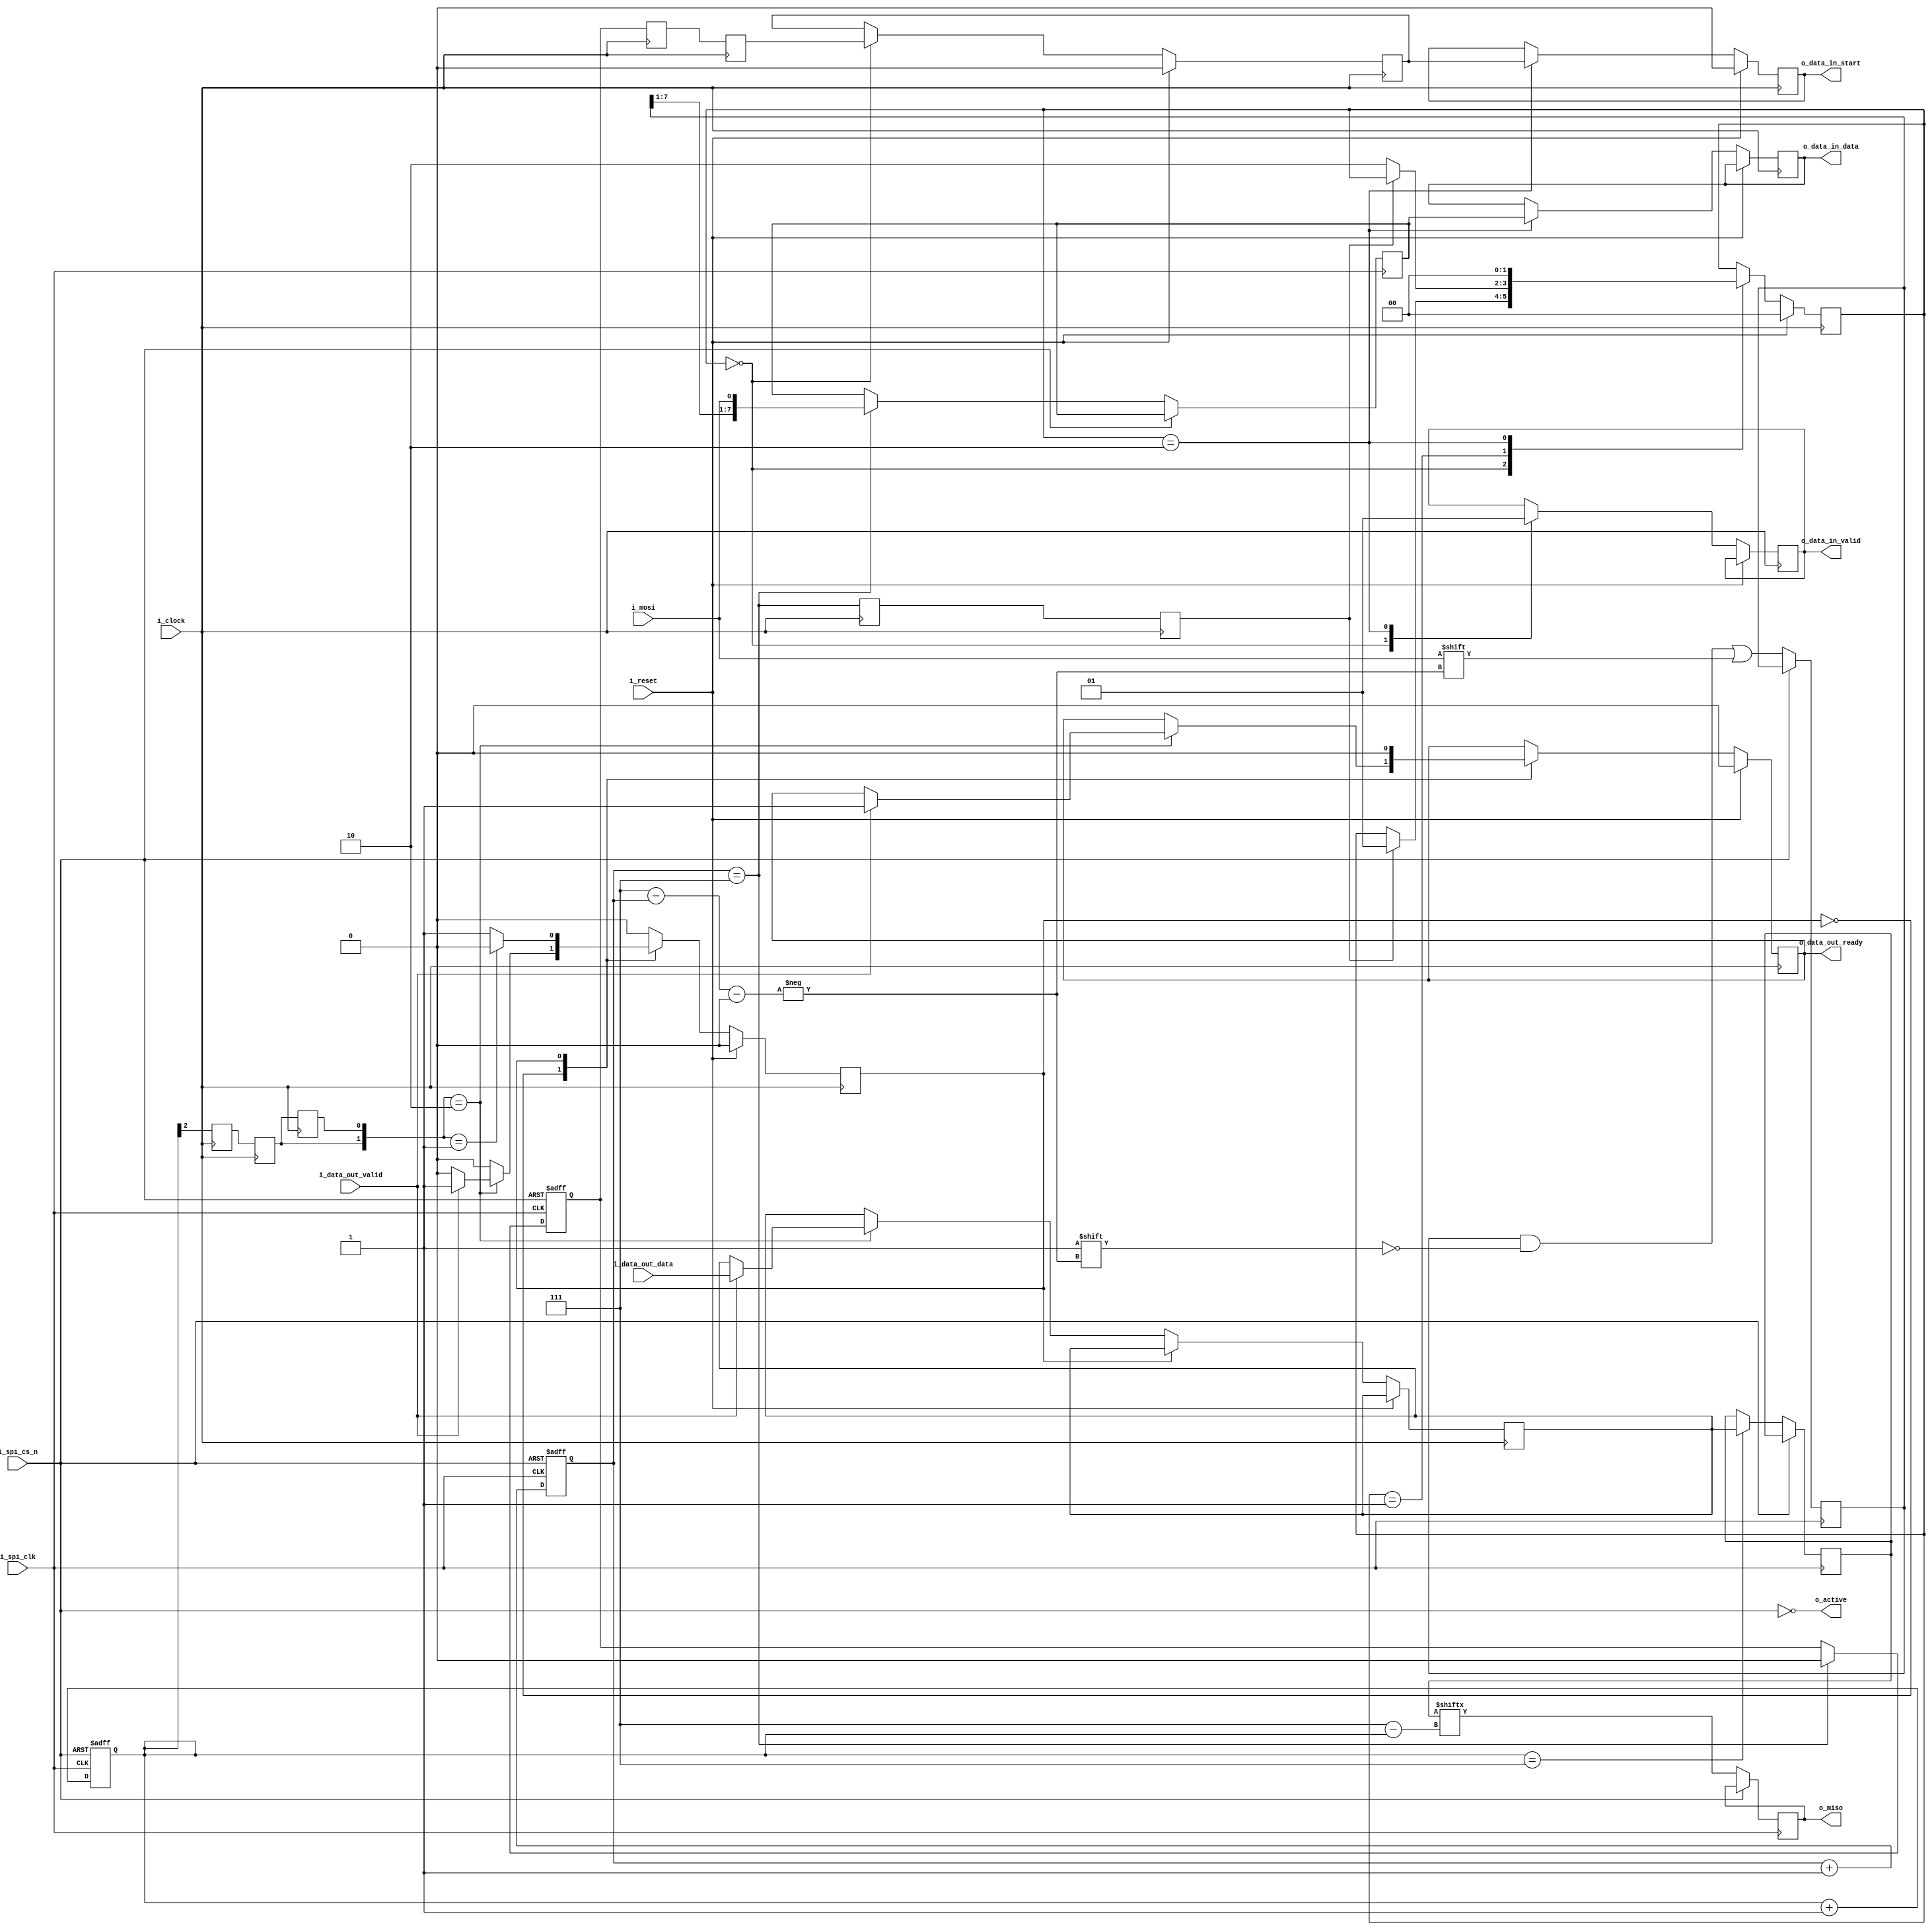
`default_nettype none
module spi_client (
    input               i_clock,
    input               i_reset,
    output              o_active,           // high whenever chip selected

    input               i_spi_clk,          // spi clock
    input               i_spi_cs_n,         // spi chip select, low to select

    output reg          o_miso,             // output to master
    input               i_mosi,             // input from master
   
    output reg          o_data_in_valid,    // data from master is ready to read on the data_in_data reg
    output reg          o_data_in_start,    // high for first byte received after cs goes low
    output reg [7:0]    o_data_in_data,     // data register from master

    input               i_data_out_valid,   // data in the input data bus is valid to read
    output reg          o_data_out_ready,   // data has been registered
    input [7:0]         i_data_out_data     // input data to send to the master
);


    assign o_active = !i_spi_cs_n;

    // data coming from master goes here
    reg [2:0] in_bit = 0;
    reg [7:0] data_in = 8'b 0x;

    // data to send goes here
    reg [2:0] out_bit = 0;
    reg [7:0] data_out = 0;
    // copy of data_out for the spi_clock domain
    reg [7:0] data_out_spi = 0;
    reg [7:0] data_in_spi = 0;


    reg first_byte = 0;
    reg start_status = 0; // registers data_in_start


    always @(posedge i_spi_clk, posedge i_spi_cs_n) begin
        if(i_spi_cs_n) begin                  // reset state
            in_bit <= 0;
            first_byte <= 1;
        end else begin                      // receiving data
            data_in[3'd7-in_bit] <= i_mosi;
            in_bit <= in_bit + 1;
            if(in_bit == 7) begin
                data_in_spi <= { data_in[7:1], i_mosi };
                first_byte <= 0;
            end
        end
    end

    always @(negedge i_spi_clk, posedge i_spi_cs_n) begin
        if(i_spi_cs_n) begin                  // reset state
            out_bit <= 0;
        end else begin
            if(out_bit == 7)                  // get a local copy of the data to send out - guaranteed stable
                data_out_spi <= data_out;
            o_miso <= data_out_spi[3'd7-out_bit];
            out_bit <= out_bit + 1;
        end
    end

    localparam DATA_IN_WAIT = 0;
    localparam DATA_IN_RX = 1;
    localparam DATA_IN_READY = 2;
    localparam DATA_IN_ENDSTATE = 3;
    reg [$clog2(DATA_IN_ENDSTATE)-1:0] data_in_state = DATA_IN_WAIT;

    localparam DATA_OUT_WAIT = 0;
    localparam DATA_OUT_TX = 1;
    localparam DATA_OUT_ENDSTATE = 2;
    reg [$clog2(DATA_OUT_ENDSTATE)-1:0] data_out_state = DATA_OUT_WAIT;

    // clock domain crossing with 2 flip flops and one for what happened one clock ago
    reg out_bit_clock, out_bit_clock_past, out_bit_clock_pipe;
    reg in_bit_clock, in_bit_clock_past, in_bit_clock_pipe;
    reg fb_clock, fb_clock_past, fb_clock_pipe;

    initial begin
        { out_bit_clock_past, out_bit_clock, out_bit_clock_pipe } = 0;
        { in_bit_clock_past, in_bit_clock, in_bit_clock_pipe } = 0;
        { fb_clock, fb_clock_past, fb_clock_pipe } = 3'b111;
    end

    always @(posedge i_clock) begin
        { out_bit_clock_past, out_bit_clock, out_bit_clock_pipe } <= { out_bit_clock, out_bit_clock_pipe, out_bit[2] };
        { in_bit_clock_past, in_bit_clock, in_bit_clock_pipe } <= { in_bit_clock, in_bit_clock_pipe, in_bit == 7 };
        { fb_clock_past, fb_clock, fb_clock_pipe } <= { fb_clock, fb_clock_pipe, first_byte };
    end

    initial begin
        data_in_state <= DATA_IN_WAIT;
        data_out_state <= DATA_OUT_WAIT;
        o_data_in_start <= 0;
        o_data_out_ready <= 0;
        start_status <= 0;
    end

    always @(posedge i_clock) begin
        if(i_reset) begin
            data_in_state <= DATA_IN_WAIT;
            data_out_state <= DATA_OUT_WAIT;
            o_data_in_start <= 0;
            o_data_out_ready <= 0;
            start_status <= 0;
        end
        else begin

            case(data_in_state)
                DATA_IN_WAIT: begin
                    start_status <= fb_clock;
                    o_data_in_valid <= 0;
                    if(in_bit_clock == 1)
                        data_in_state <= DATA_IN_RX;
                end
                DATA_IN_RX: begin
                    if(in_bit_clock == 0)
                        data_in_state <= DATA_IN_READY;
                end 
                DATA_IN_READY: begin
                    o_data_in_valid <= 1;
                    o_data_in_start <= start_status;
                    o_data_in_data <= data_in_spi;
                    data_in_state <= DATA_IN_WAIT;
                end
            endcase

            case(data_out_state)
                DATA_OUT_WAIT: begin
                    if({out_bit_clock, out_bit_clock_past} == 2'b10)
                        if(i_data_out_valid) begin
                            data_out <= i_data_out_data;
                            o_data_out_ready <= 1;
                            data_out_state <= DATA_OUT_TX;
                        end
                end
                DATA_OUT_TX: begin
                    o_data_out_ready <= 0;
                    if({out_bit_clock, out_bit_clock_past} == 2'b01)
                        data_out_state <= DATA_OUT_WAIT;
                end

            endcase
        end
    end

`ifdef FORMAL
    reg [3:0] f_clk_counter;
    initial f_clk_counter = 0;

    // ASSUMPTIONS

    initial assume(i_reset);
    initial assume(i_spi_cs_n);
    
    // past valid signal
    reg f_past_valid = 0;
    always @($global_clock)
        f_past_valid <= 1'b1;

    // stop reset from happening after start
    always @($global_clock)
        if(f_past_valid)
            assume(i_reset == 0);

    // fix sys clock
    wire [7:0] f_sys_step = 8'h40;
    reg [7:0] f_sys_counter;
    reg [7:0] f_spi_counter;

    // system clock
    always @($global_clock) begin
        f_sys_counter <= f_sys_counter + f_sys_step;
        assume ( i_clock == f_sys_counter [7]);
    end

    // spi clock
    // allow spi clock to be around 1/4 sys clock
    (* anyconst *) wire [7:0] f_spi_step;
    always @(*)
        assume ((f_spi_step > 8'h05) && (f_spi_step <= 8'h15));

    // spi clock if spi_cs_n
    always @($global_clock) begin
        f_spi_counter <= f_spi_counter + f_spi_step;
        assume ( i_spi_cs_n || i_spi_clk == f_spi_counter [7]);
    end

    // inputs only can change on system clock
    always @($global_clock) 
        if(f_past_valid && !$rose(i_clock)) begin
            assume($stable(i_data_out_valid));
            assume($stable(i_data_out_data));
            assume($stable(i_reset));
        end

    // SPI assumptions
    // mosi is stable as spi clock rises
    always @($global_clock) 
        if(f_past_valid && i_spi_clk) begin
            assume($stable(i_mosi));
        end
    
    // if no clock, no chip select
    always @(*)
        if(!i_spi_clk)
            assume(!i_spi_cs_n);

    // no chip select, no clock
    always @($global_clock)
        if(f_past_valid)
            if($rose(i_spi_cs_n) || $fell(i_spi_cs_n))
                assume($stable(i_spi_clk) && i_spi_clk);

    // controller behaves by keeping valid line high and not changing data until we are ready
    always @(posedge i_clock)
        if(f_past_valid)
            if($past(i_data_out_valid) && $past(!o_data_out_ready))
                assume($stable(i_data_out_data) && i_data_out_valid);

    // ensure chip select is held long enough to be effective
    reg [2:0] chip_select_count = 0;
    always @($global_clock) 
        if(i_spi_cs_n == 1 && chip_select_count < 7)
            chip_select_count <= chip_select_count + 1;
        else if(i_spi_cs_n == 0)
            chip_select_count <= 0;

    always @($global_clock)
        if(f_past_valid)
            if(chip_select_count < 3)
                assume(!$fell(i_spi_cs_n));


    // ASSERTIONS


    // assert everything is zeroed on the reset signal
    always @($global_clock)
        if (f_past_valid)
            if ($past(i_reset) && $rose(i_clock)) begin
                assert(data_out_state == DATA_OUT_WAIT);
                assert(data_in_state == DATA_IN_WAIT);
                assert(o_data_in_start == 0);
            end

    // spi counters are reset on cs_n
    always @($global_clock)
        if (f_past_valid)
            if ($past(i_spi_cs_n) && $stable(i_spi_clk)) begin
                assert(in_bit == 0);
                assert(out_bit == 0);
                assert(first_byte == 1);
            end

    // counters increase
    always @($global_clock) begin
        if (f_past_valid) begin
            if(!i_spi_cs_n && $rose(i_spi_clk))
                assert(in_bit != $past(in_bit));
            if(!i_spi_cs_n && $fell(i_spi_clk))
                assert(out_bit != $past(out_bit));
        end
    end
    
    // state machines: so simple just make sure they stay bounded
    always @($global_clock) begin
        assert(data_out_state < DATA_OUT_ENDSTATE);
        assert(data_in_state < DATA_IN_ENDSTATE);
    end

    // CDC ensure data_out doesn't change while it's being copied to data_out_spi
    always @($global_clock)
        if(f_past_valid)
            if(out_bit == 6 || out_bit == 7)
                assert($stable(data_out));

    // CDC: capturing data from mosi and putting into controller's clock domain
    always @($global_clock) 
        if(f_past_valid)
            if($rose(i_clock) && data_in_state == DATA_IN_READY)
                assert($stable(data_in_spi));

`endif
endmodule